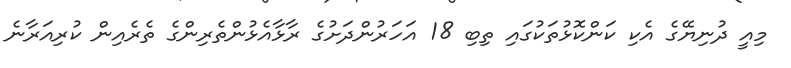
މިއީ ދުނިޔޭގެ އެކި ކަންކޮޅުތަކުގައި ތިބި 18 އަހަރުންދަށުގެ ރާޅާއެޅުންތެރިންގެ ތެރެއިން ކުރިއަރާނެ